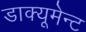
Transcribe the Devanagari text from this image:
डाक्यूमेन्ट